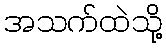
အသက်ထဲသို့